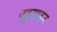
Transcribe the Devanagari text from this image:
पड्गाहन